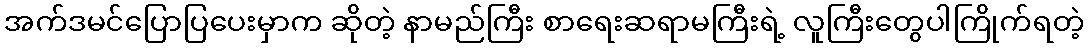
အက်ဒမင်ပြောပြပေးမှာက ဆိုတဲ့ နာမည်ကြီး စာရေးဆရာမကြီးရဲ့ လူကြီးတွေပါကြိုက်ရတဲ့